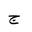
Letter: _gim